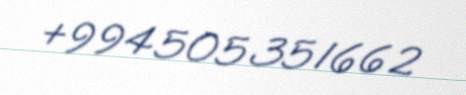
+994505351662